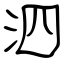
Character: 泗